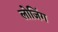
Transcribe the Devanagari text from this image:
लोजिंग